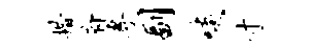
措府专副啖寸